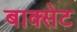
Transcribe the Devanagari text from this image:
बाक्सेट